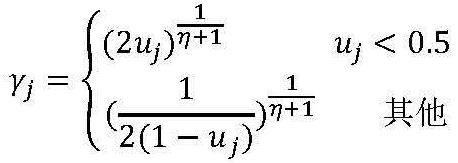
\[
\gamma_j =
\begin{cases}
(2u_j)^{\frac{1}{\eta+1}} & u_j < 0.5 \\
(\frac{1}{2(1 - u_j)})^{\frac{1}{\eta+1}} & \text{其他}
\end{cases}
\]